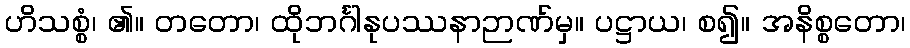
ဟိသစ္စံ၊ ၏။ တတော၊ ထိုဘင်္ဂါနုပဿနာဉာဏ်မှ။ ပဋ္ဌာယ၊ စ၍။ အနိစ္စတော၊